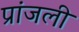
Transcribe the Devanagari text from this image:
प्रांजली